Report of the Bombay Plague Committee
Disease focus: Plague
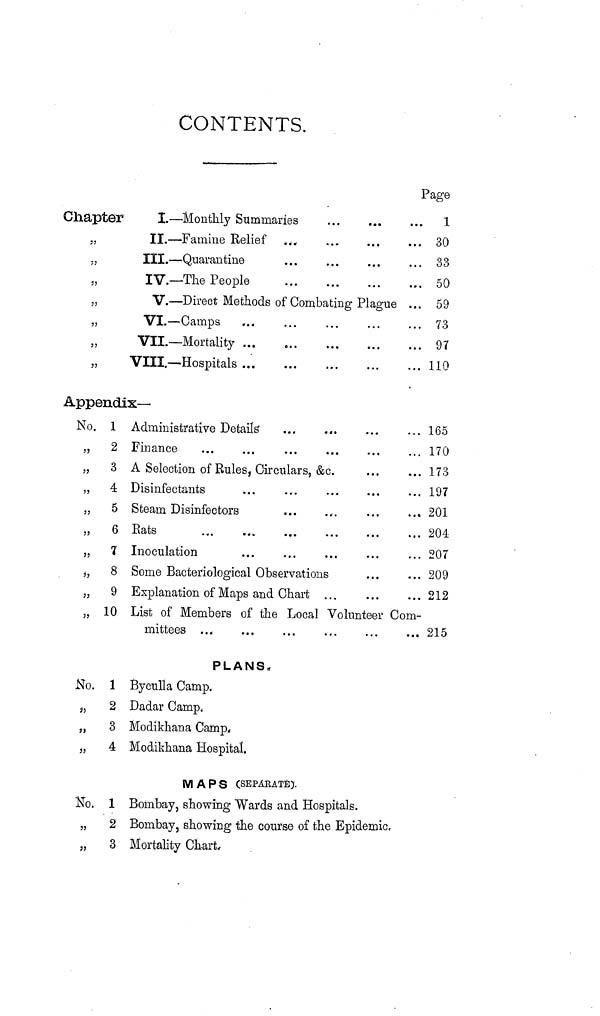
CONTENTS.
Chapter
33
33
33
I.—Monthly Summaries
II.—Famine Relief
III.—Quarantine
IV.—The People
V.—Direct Methods of Combating Plague
VI.—Camps
VII.—Mortality
VIII.—Hospitals
Page
...
1
... 30
... 33
50
... 59
... 73
... 97
... 110
Appendix—
No.
35
33
33
33
33
1
2
3
4
5
6
8
9
10
Administrative Details"
Finance
A Selection of Rules, Circulars, &c.
Disinfectants
Steam Disinfectors
Rats
Inoculation
Some Bacteriological Observations
Explanation of Maps and Chart ...
List of Members of the Local Volunteer
mittees ...
... 165
... 170
... 173
... 197
201
... 204
... 207
... 209
... 212
Com-
... 215
PLANS.
No. 1 Byculla Camp.
„
2 Dadar Camp.
3 Modikhana Camp.
„
4 Modikhana Hospital.
MAPS (SEPARATE).
No. 1 Bombay, showing Wards and Hospitals.
„
2 Bombay, showing the course of the Epidemic,
„
3 Mortality Chart.